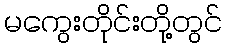
မကွေးတိုင်းတို့တွင်